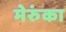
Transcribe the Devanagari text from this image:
मेरुंका